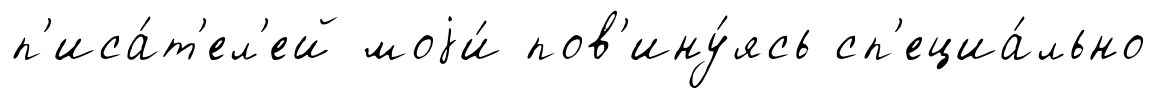
п'иса́т'ел'ей моjи́ пов'ину́ясь сп'ециа́льно